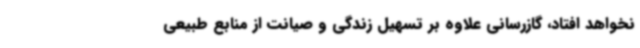
نخواهد افتاد، گازرسانی علاوه بر تسهیل زندگی و صیانت از منابع طبیعی